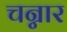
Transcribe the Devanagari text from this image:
चन्नार